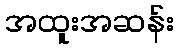
အထူးအဆန်း